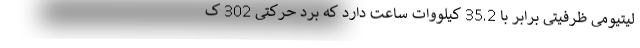
لیتیومی ظرفیتی برابر با 35.2 کیلووات ساعت دارد که برد حرکتی 302 ک